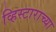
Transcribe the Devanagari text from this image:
व्हिस्टाराच्या